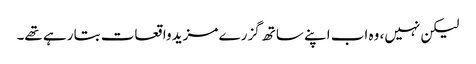
لیکن نہیں، وہ اب اپنے ساتھ گزرے مزید واقعات بتا رہے تھے۔